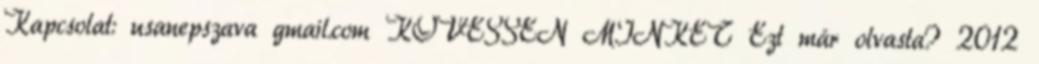
Kapcsolat: usanepszava gmail.com KÖVESSEN MINKET Ezt már olvasta? 2012